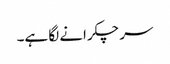
سر چکرانے لگا ہے۔